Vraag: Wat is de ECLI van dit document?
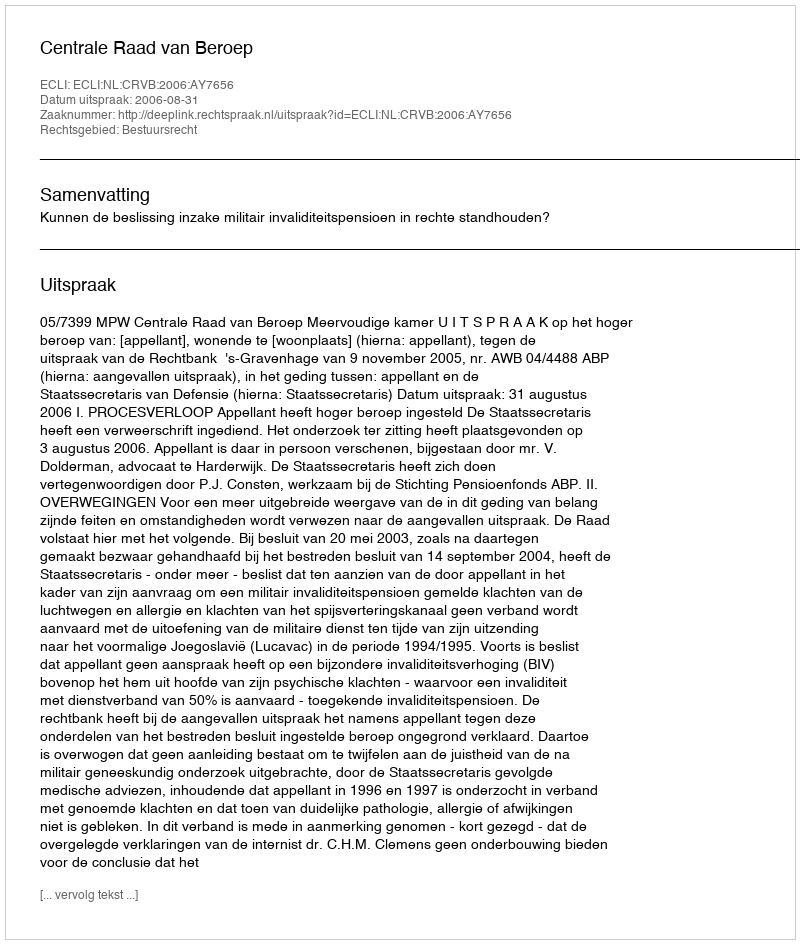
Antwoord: ECLI:NL:CRVB:2006:AY7656